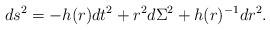
LaTeX: \begin{align*}ds^2=-h(r)dt^2+r^2 d\Sigma^2+h(r)^{-1}dr^2.\end{align*}